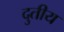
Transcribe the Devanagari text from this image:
दुतीय